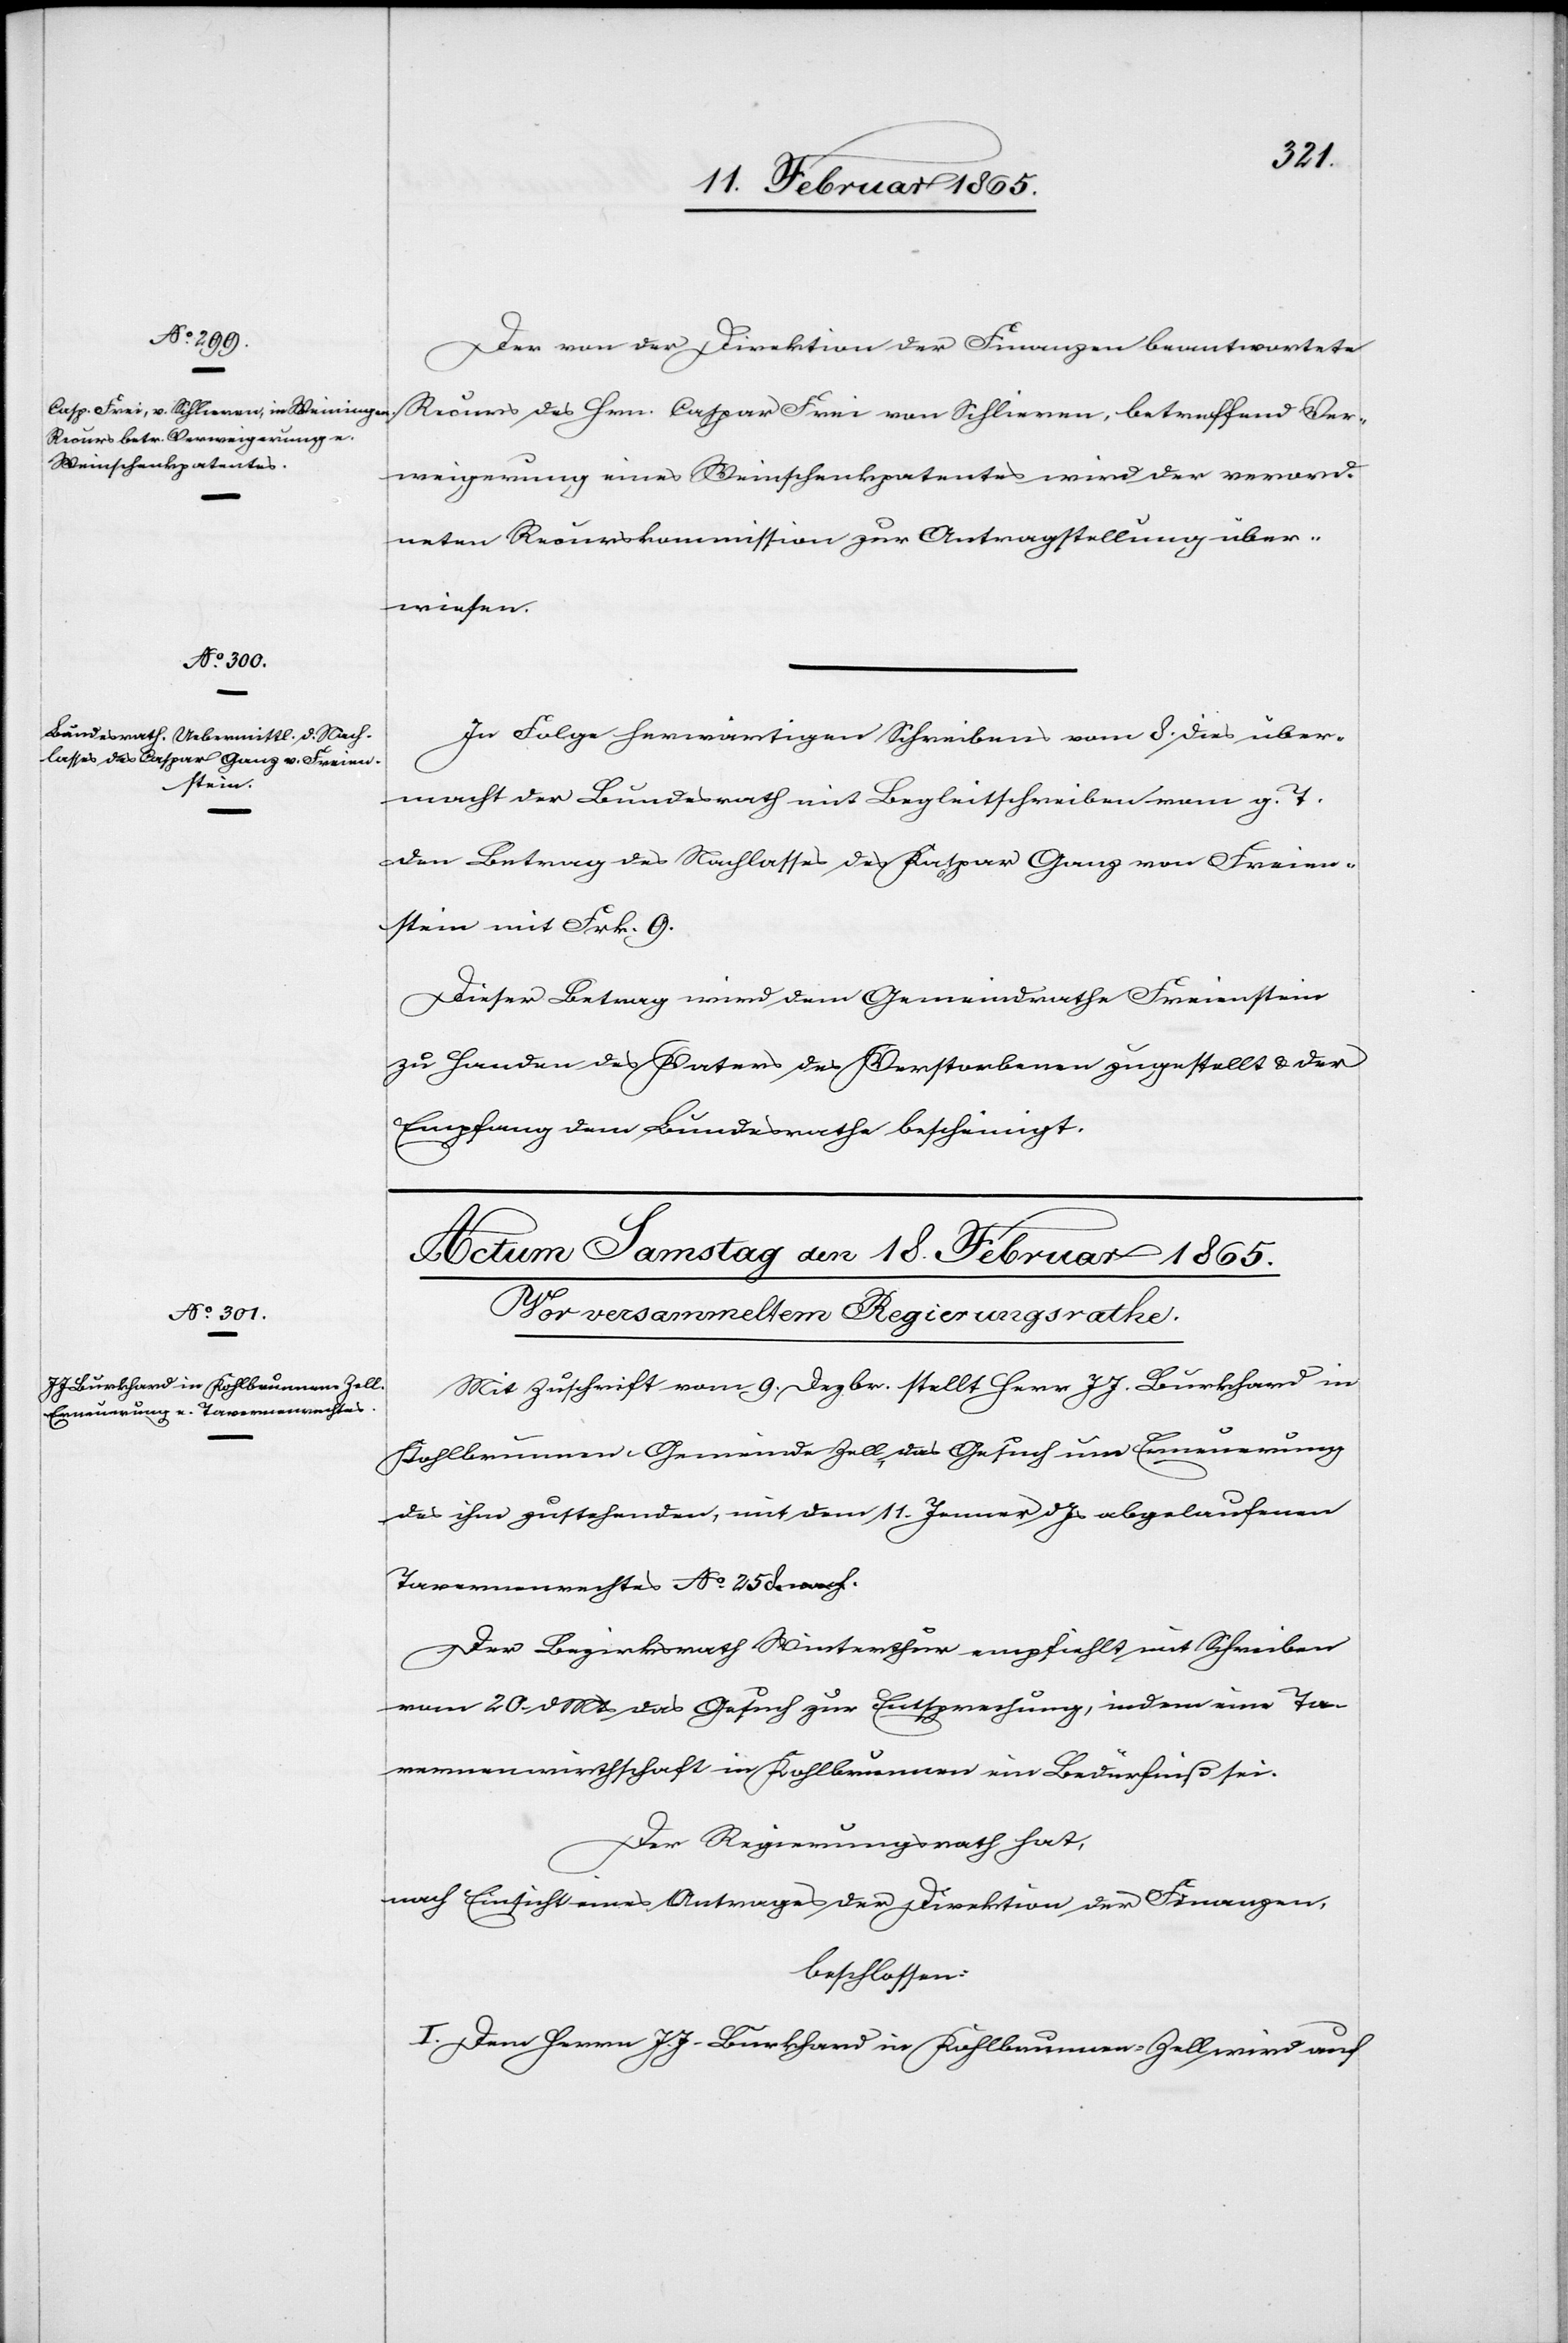
17. Februar 1865.]
Der von der Direktion der Finanzen beantwortete
Recurs des Hrn. Caspar Frei von Schlieren, betreffend Ver¬
weigerung eines Weinschenkpatentes wird der verord¬
neten Recurskommission zur Antragstellung über¬
wiesen.
In Folge herwärtigen Schreibens vom 8. dies über¬
macht der Bundesrath mit Begleitschereiben g. T.
den Betrag des Nachlasses des Kaspar Ganz von Freien¬
stein mit Frk. 9.
Dieser Betrag wird dem Gemeindrathe Freienstein
zu Handen des Vaters des Verstorbenen zugestellt u. der
Empfang dem Bundesrathe bescheinigt.
Mit Zuschrift vom 9. Dezbr. stellt Herr J. J. Burkhard in
Kohlbrunnen, Gemeinde Zell, das Gesuch um Erneuerung
des ihm zustehenden, mit dem 11. Jenner d Js. abgelaufenen
Tavernenrechts No 258.
Der Bezirksrath Winterthur empfiehlt mit Schreiben
vom 20. d Mts das Gesuch zur Entsprechung, indem eine Ta¬
vernenwirthschaft in Kohlbrunnen ein Bedürfniß sei.
Der Regierungsrath hat,
nach Einsicht eines Antrages der Direktion der Finanzen,
beschlossen:
I. Dem Herrn J. J. Burkhard in Kohlbrunnen-Zell wird auf